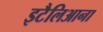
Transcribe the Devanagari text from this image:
इटैलिआना